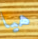
هيا